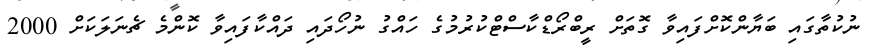
ނުކުތާގައި ބަޔާންކޮށްފައިވާ ގޮތަށް ރީބްރޯޑްކާސްޓްކުރުމުގެ ހައްގު ނުހޯދައި ދައްކާފައިވާ ކޮންމެ ޗެނަލަކަށް 2000